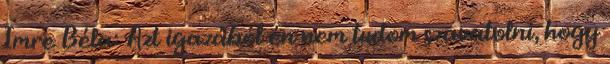
Imre Béla: Azt igazából én nem tudom szavatolni, hogy